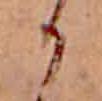
か